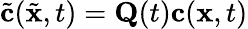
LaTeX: \tilde{\mathbf{c}}(\tilde{\mathbf{x}},t)=\mathbf{Q}(t)\mathbf{c}(\mathbf{x},t)